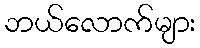
ဘယ်လောက်များ